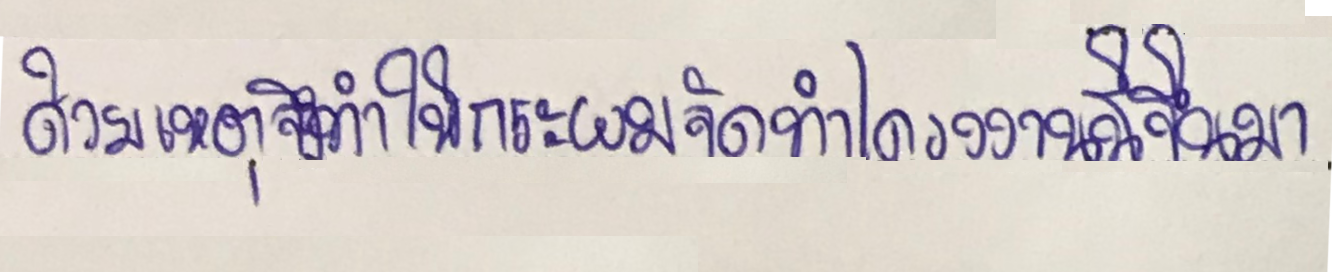
ด้วยเหตุจึงทำให้กระผมจัดทำโครงการนี้ขึ้นมา